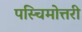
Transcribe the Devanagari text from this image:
पस्चिमोत्तरी